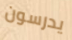
يدرسون